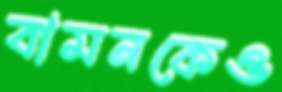
বামনকেও